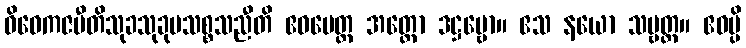
ဝိဝေကဇပီတိသုခသုခုမသစ္စသညီတိ ဧဝမေတ္ထ အတ္ထော ဒဋ္ဌဗ္ဗော။ ဧသ နယော သဗ္ဗတ္ထ။ ဧဝမ္ပိ